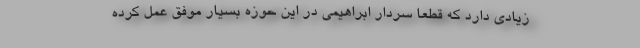
زیادی دارد که قطعا سردار ابراهیمی در این حوزه بسیار موفق عمل کرده